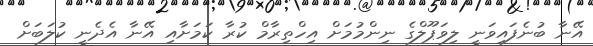
އޭނާ ބުނެފައިވަނީ ލިވަޕޫލްގެ ނިންމުމަށް އިހްތިރާމް ކުރާ ކަމަށާއި އޭނާ އެދެނީ ކުލަބަށް